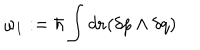
\omega _ { 1 } : = \hbar \int d { \bf r } ( \delta p \wedge \delta q )